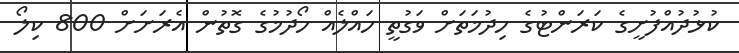
ކުޅުދުއްފުށީގެ ކަރަންޓުގެ ހިދުމަތަށް ވަގުތީ ހައްލެއް ހޯދުމުގެ ގޮތުން އެރަށަށް 800 ކިލޯ